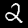
Label: 2